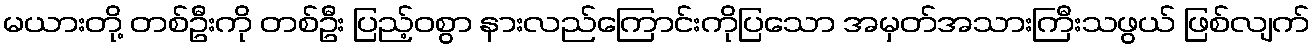
မယားတို့ တစ်ဦးကို တစ်ဦး ပြည့်ဝစွာ နားလည်ကြောင်းကိုပြသော အမှတ်အသားကြီးသဖွယ် ဖြစ်လျက်